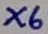
Text: X6